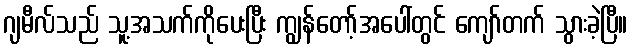
ဂျမီလ်သည် သူ့အသက်ကိုပေးပြီး ကျွန်တော့်အပေါ်တွင် ကျော်တက် သွားခဲ့ပြီ။